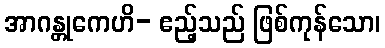
အာဂန္တုကေဟိ- ဧည့်သည် ဖြစ်ကုန်သော၊